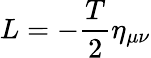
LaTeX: L=-\frac T2\eta_{\mu\nu}